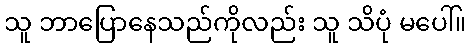
သူ ဘာပြောနေသည်ကိုလည်း သူ သိပုံ မပေါ်။